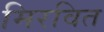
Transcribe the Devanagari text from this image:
मिरवित